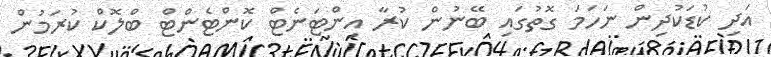
އަދި ކުޑަކުދިން ނަހަމަ ގޮތުގައި ބޭނުން ކުރާ އިންޓަނެޓް ކޮންޓެންޓް ބްލޮކް ކުރަމުން